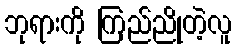
ဘုရားကို ကြည်ညိုတဲ့လူ